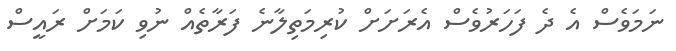
ނަމަވެސް އެ ދެ ފަހަރުވެސް އެރަށަށް ކުރިމަތިލާނެ ފަރާތެއް ނުވި ކަމަށް ރައީސް